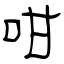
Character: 咁